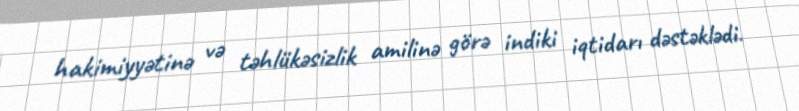
hakimiyyətinə və təhlükəsizlik amilinə görə indiki iqtidarı dəstəklədi.